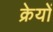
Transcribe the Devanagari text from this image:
क्रेयों